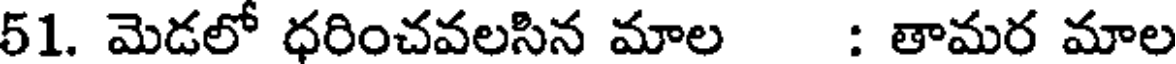
51. మెడలో ధరించవలసిన మాల : తామర మాల